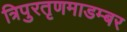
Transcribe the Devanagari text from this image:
त्रिपुरतृणमाडम्बर